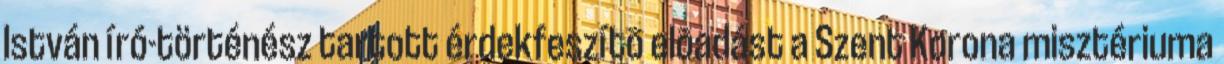
István író-történész tartott érdekfeszítõ elõadást a Szent Korona misztériuma